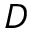
D